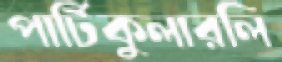
পার্টিকুলারলি